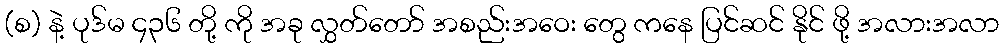
(စ) နဲ့ ပုဒ်မ ၄၃၆ တို့ ကို အခု လွှတ်တော် အစည်းအဝေး တွေ ကနေ ပြင်ဆင် နိုင် ဖို့ အလားအလာ